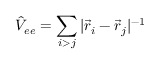
\hat { V } _ { e e } = \sum _ { i > j } | \vec { r } _ { i } - \vec { r } _ { j } | ^ { - 1 }